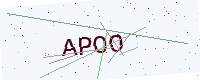
Text: APOO